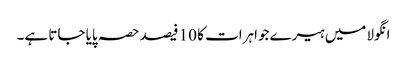
انگولا میں ہیرے جواہرات کا 10 فیصد حصہ پایا جاتا ہے۔